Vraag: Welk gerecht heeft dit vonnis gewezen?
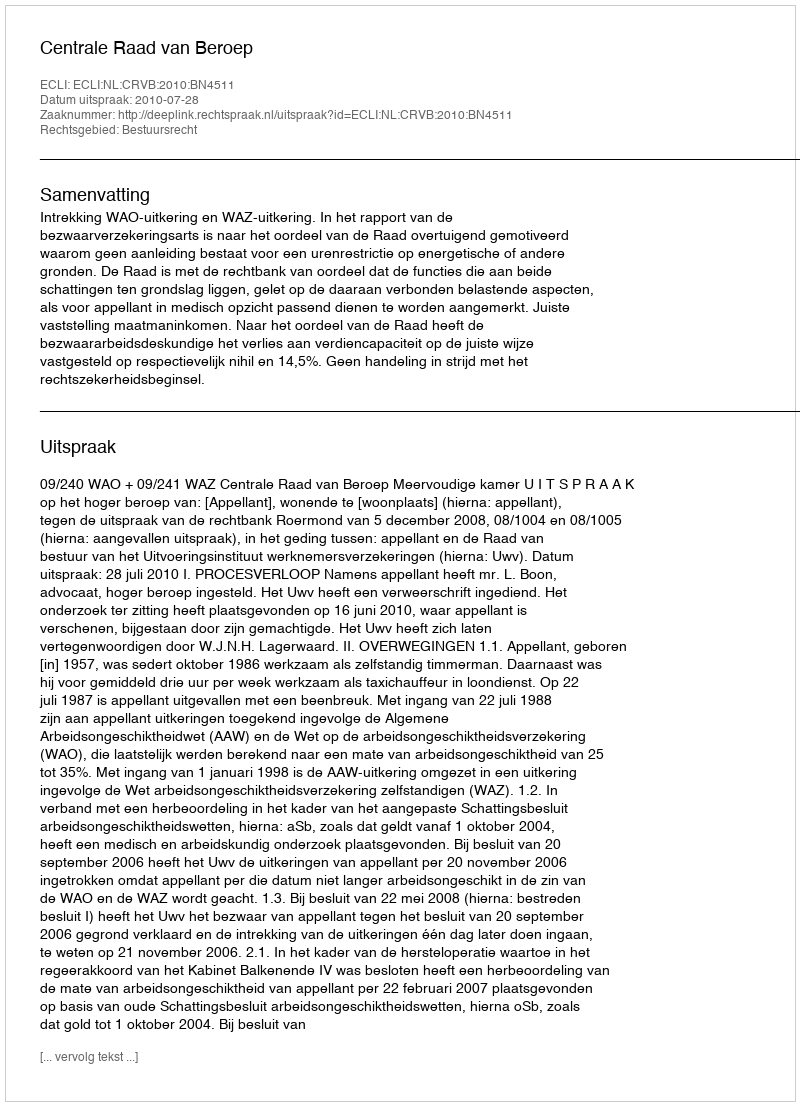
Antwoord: Centrale Raad van Beroep